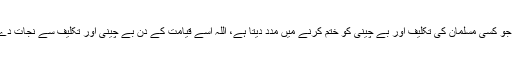
اور جو کسی مسلمان کی تکلیف اور بے چینی کو ختم کرنے میں مدد دیتا ہے، اللہ اسے قیامت کے دن بے چینی اور تکلیف سے نجات دے گا۔